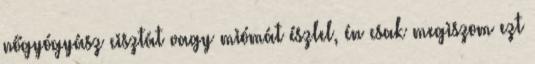
nőgyógyász cisztát vagy miómát észlel, én csak megiszom ezt